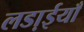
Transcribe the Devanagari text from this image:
लडा़ईयाँ